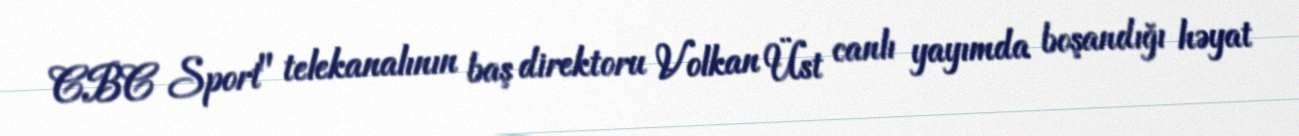
CBC Sport" telekanalının baş direktoru Volkan Üst canlı yayımda boşandığı həyat